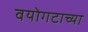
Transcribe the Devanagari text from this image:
वयोगटाच्या